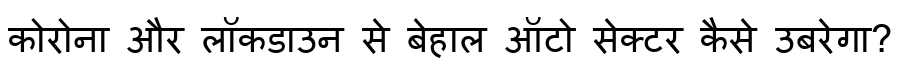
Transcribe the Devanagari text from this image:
कोरोना और लॉकडाउन से बेहाल ऑटो सेक्टर कैसे उबरेगा?